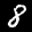
Label: 8